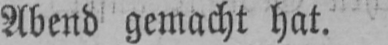
Abend gemacht hat.